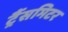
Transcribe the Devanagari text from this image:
ट्रैंसमिटर